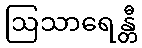
ဩသာရေန္တီ